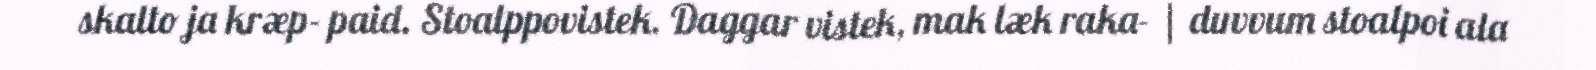
skalto ja kræp- paid. Stoalppovistek. Daggar vistek, mak læk raka- | duvvum stoalpoi ala